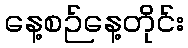
နေ့စဉ်နေ့တိုင်း